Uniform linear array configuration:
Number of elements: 12
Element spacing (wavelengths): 0.25
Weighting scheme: uniform
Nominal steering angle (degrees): -45
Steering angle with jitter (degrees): -46.523
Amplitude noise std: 0.05
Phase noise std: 0.05

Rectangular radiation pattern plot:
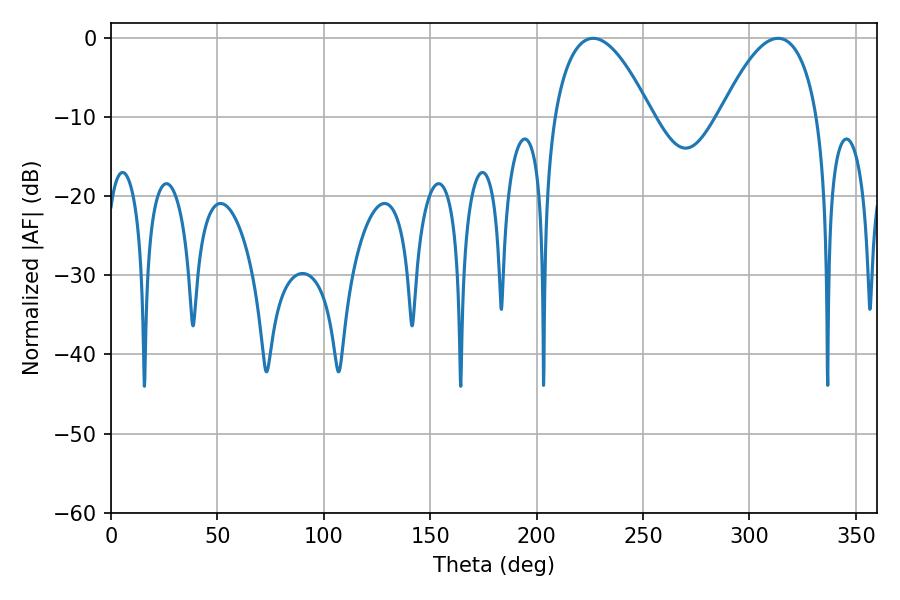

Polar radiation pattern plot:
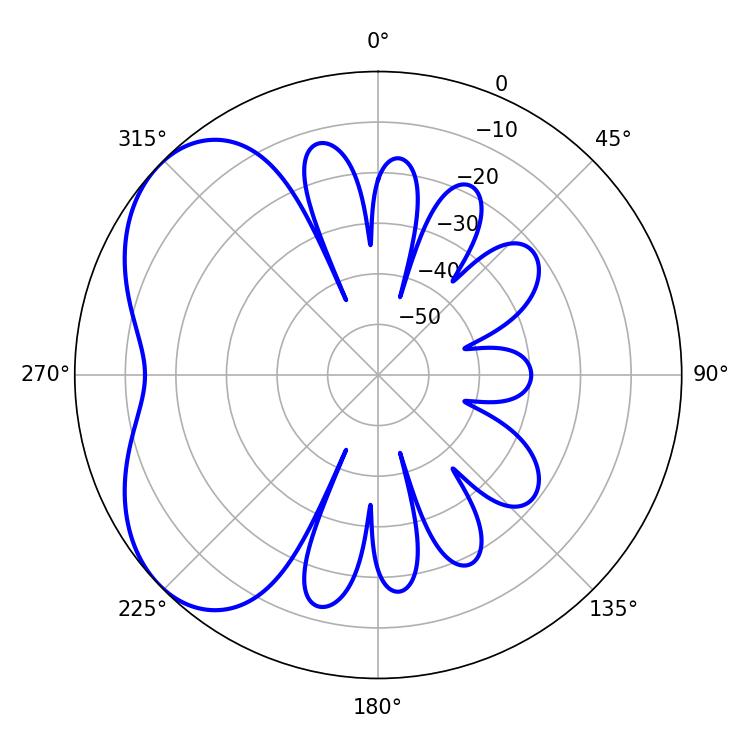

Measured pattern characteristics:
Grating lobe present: FALSE
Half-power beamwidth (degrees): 25.38
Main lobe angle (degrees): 226.62